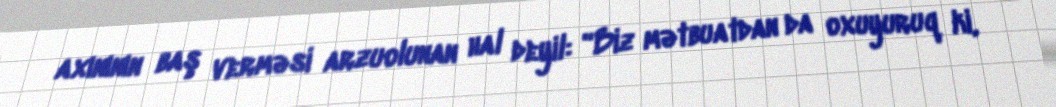
axınının baş verməsi arzuolunan hal deyil: “Biz mətbuatdan da oxuyuruq ki,